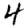
Digit: 4